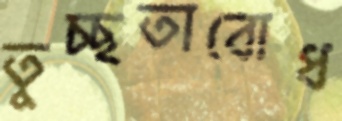
তুচ্ছতাবোধ